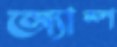
অ্যাম্প